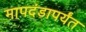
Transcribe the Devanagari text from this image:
मापदंडापर्यंत